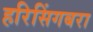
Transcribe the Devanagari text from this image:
हरिसिंगबरा